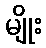
မျိုး